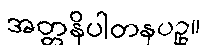
အတ္တနိပါတနပဥှ။